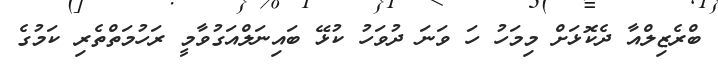
ބްރެޒިލްއާ ދެކޮޅަށް މިމަހު ހަ ވަނަ ދުވަހު ކުޅޭ ބައިނަލްއަގުވާމީ ރަހުމަތްތެރި ކަމުގެ